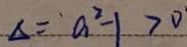
\Delta = a ^ { 2 } - 1 > 0